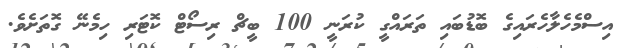
އިސްމެހެލާހެރައިގެ ބޮޑުބައި ތަރައްގީ ކުރަނީ 100 ބީޗް ރިސޯޓް ކޮޓަރި ހިމެނޭ ގޮތަށެވެ.